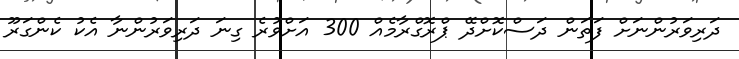
ދަރިވަރުންނަށް ފަތަން ދަސްކޮށްދޭ ޕްރޮގްރާމެއް 300 އަށްވުރެ ގިނަ ދަރިވަރުންނާ އެކު ކެންގަރޫ